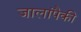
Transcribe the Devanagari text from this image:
जालांपैकी